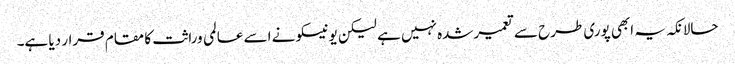
حالانکہ یہ ابھی پوری طرح سے تعمیرشدہ نہیں ہے لیکن یونیسکو نے اسے عالمی وراثت کا مقام قرار دیا ہے۔